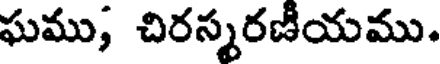
ఘము; చిరస్మరణీయము.